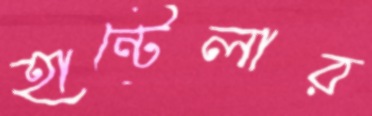
হান্টেলার